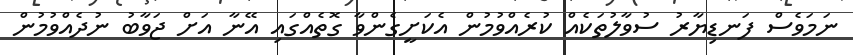
ނަމަވެސް ފަނޑިޔާރު ސުވާލުތަކެއް ކުރެއްވުމުން އެކަށީގެންވާ ގޮތެއްގައި އޭނާ އަށް ޖަވާބު ނުދެއްވުމުން